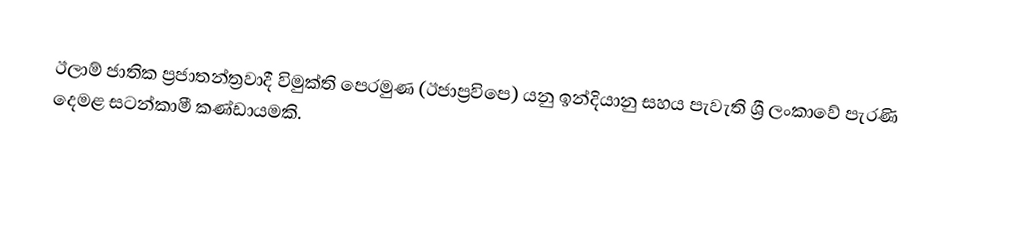
ඊලාම් ජාතික ප්‍රජාතන්ත්‍රවාදී විමුක්ති පෙරමුණ (ඊජාප්‍රවිපෙ) යනු ඉන්දියානු සහය පැවැති ශ්‍රී ලංකාවේ පැරණි  දෙමළ සටන්කාමී කණ්ඩායමකි.